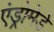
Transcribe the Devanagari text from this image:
एंड्रोमेडे